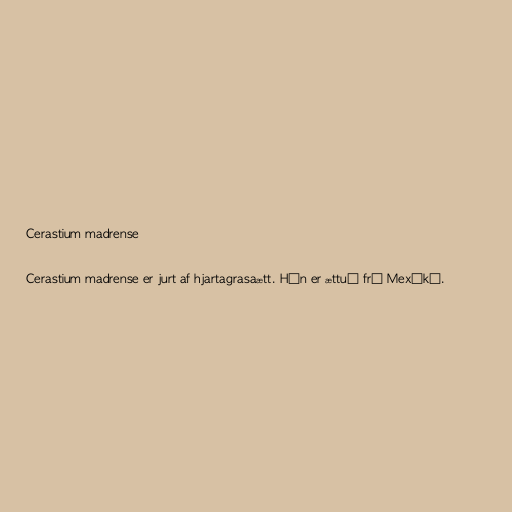
Cerastium madrense

Cerastium madrense er jurt af hjartagrasaætt. Hún er ættuð frá Mexíkó.